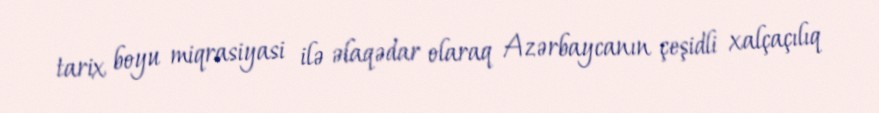
tarix boyu miqrasiyasi ilə əlaqədar olaraq Azərbaycanın çeşidli xalçaçılıq